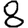
Digit: 8